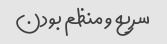
سریع و منظم بودن